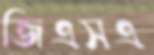
জিএসএ